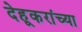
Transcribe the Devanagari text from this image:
देहूकरांच्या